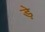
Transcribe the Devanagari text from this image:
ड़े